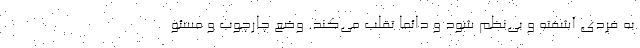
به فردی آشفته و بی‌نظم شود و دائما تقلب می‌کند. وضع چارچوب و مسئو